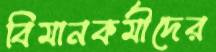
বিমানকর্মীদের